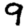
Digit: 9